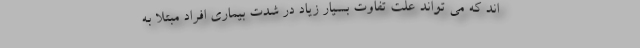
اند که می تواند علت تفاوت بسیار زیاد در شدت بیماری افراد مبتلا به